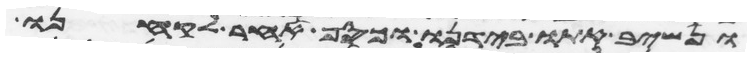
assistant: ונשיב אתו בידנו וכסף אחר לקחנו